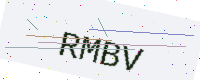
Text: RMBV